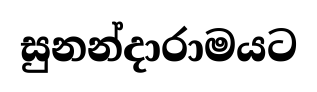
සුනන්දාරාමයට